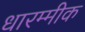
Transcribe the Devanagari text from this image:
धारम्मीक